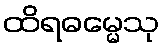
ထိရဓမ္မေသု